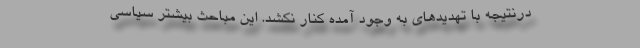
درنتیجه با تهدیدهای به وجود آمده کنار نکشد. این مباحث بیشتر سیاسی